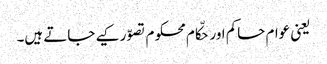
یعنی عوام حاکم اور حکّام محکوم تصوّر کیے جاتے ہیں۔